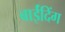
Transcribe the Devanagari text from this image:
बाईंदिंग